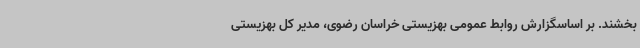
‌بخشند. بر اساسگزارش روابط عمومی بهزیستی خراسان رضوی، مدیر کل بهزیستی